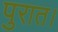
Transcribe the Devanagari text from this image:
पुरात।